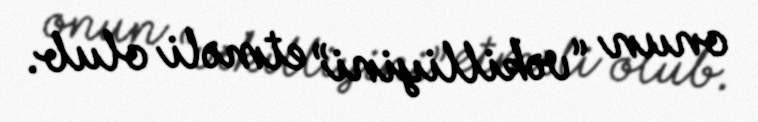
onun “vəkilliyini” etməli olub.